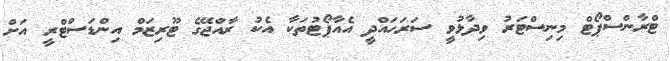
ޓްރާންސްޕޯޓް މިނިސްޓަރު ވިދާޅުވީ ސަރަހައްދީ އެއާޕޯޓުތަކާ އެކު ރާއްޖޭގެ ޓޫރިޒަމް އިންޑަސްޓްރީ އަށް